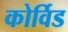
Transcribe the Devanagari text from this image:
कोर्विड